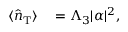
\begin{array} { r l } { \langle \hat { n } _ { \mathrm { { T } } } \rangle } & { { } = \Lambda _ { 3 } | \alpha | ^ { 2 } , } \end{array}